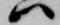
ハ